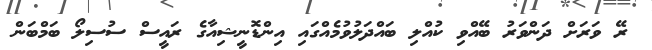
ރޭ ވަރަށް ދަންވަރު ބޭއްވި ކުއްލި ބައްދަލުވުމެއްގައި އިންޑޮނީޝިއާގެ ރައީސް ސުސިލޯ ބަމްބަން